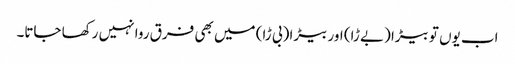
اب یوں تو بیڑا (بے ڑا) اور بیڑا (بی ڑا) میں بھی فرق روا نہیں رکھا جاتا۔